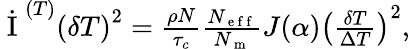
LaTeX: \begin{array}{r}{\dot{\mathrm{~I~}}^{(T)}\left(\delta T\right)^{2}=\frac{\rho N}{\tau_{c}}\frac{N_{\mathrm{~e~f~f~}}}{N_{\mathrm{~m~}}}J(\alpha)\left(\frac{\delta T}{\Delta T}\right)^{2},}\end{array}